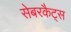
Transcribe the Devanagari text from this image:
सेबरकैट्स